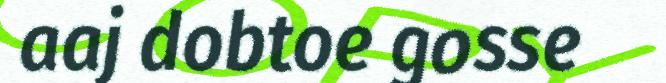
aaj dobtoe gosse